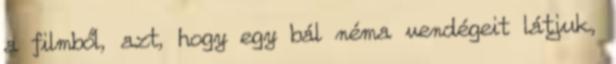
a filmből, azt, hogy egy bál néma vendégeit látjuk,